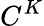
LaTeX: C^{K}